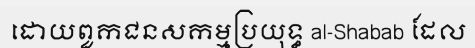
ដោយពួកជនសកម្មប្រយុទ្ធ al-Shabab ដែល